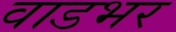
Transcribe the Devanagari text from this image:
वाडभर